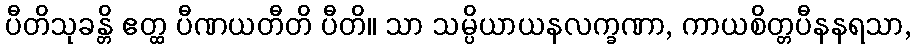
ပီတိသုခန္တိ ဧတ္ထ ပီဏယတီတိ ပီတိ။ သာ သမ္ပိယာယနလက္ခဏာ, ကာယစိတ္တပီနနရသာ,